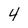
Character: 4